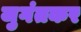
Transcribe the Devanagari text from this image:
जुगंतकर